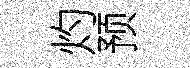
灼预